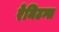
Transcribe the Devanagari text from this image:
रेमिटन्स